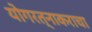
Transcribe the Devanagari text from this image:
योगरत्नाकराचा